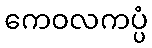
ကေဝလကပ္ပံ